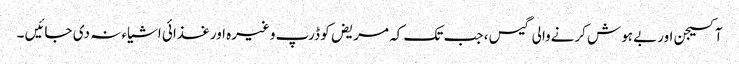
آکسیجن اوربے ہوش کرنےوالی گیس ، جب تک کہ مریض کو ڈرپ وغیرہ اورغذائی اشیاء نہ دی جائیں ۔